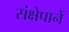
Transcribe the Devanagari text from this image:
संक्षेपानें